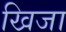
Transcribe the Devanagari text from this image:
खिजा